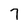
Character: 7